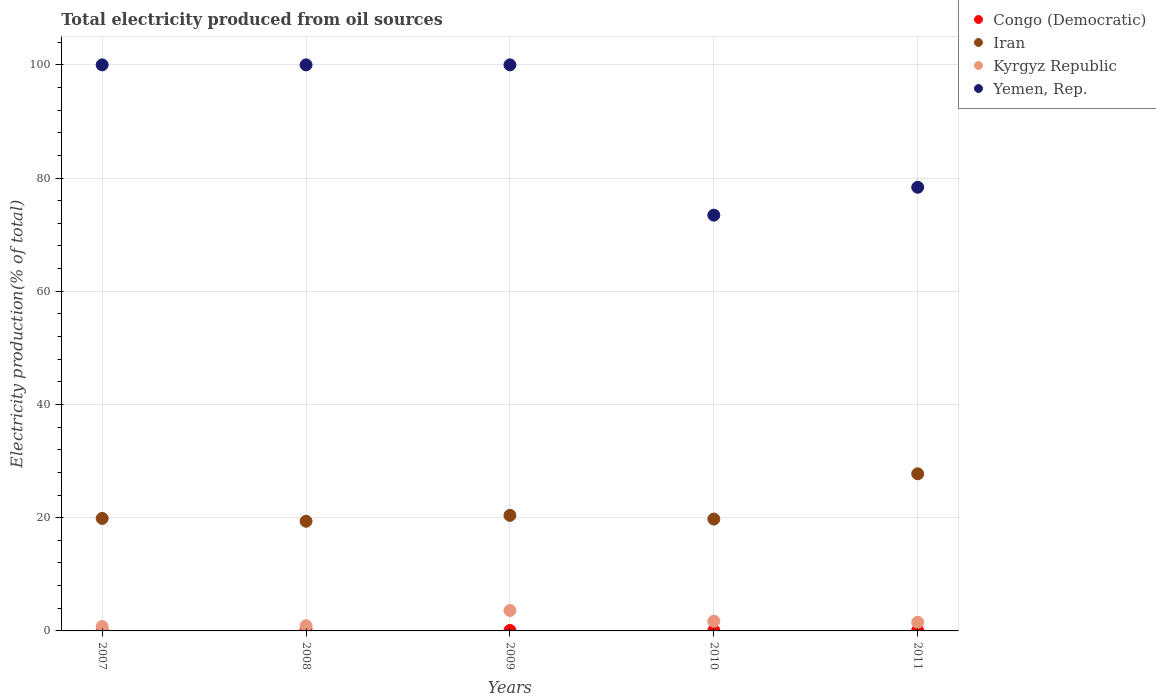
| Years | Congo (Democratic) | Iran | Kyrgyz Republic | Yemen, Rep. |
 | --- | --- | --- | --- | --- |
 | 2007 | 0.089 | 19.9 | 0.769 | 100 |
 | 2008 | 0.226 | 19.4 | 0.916 | 100 |
 | 2009 | 0.0766 | 20.4 | 3.61 | 100 |
 | 2010 | 0.0761 | 19.8 | 1.71 | 73.4 |
 | 2011 | 0.0761 | 27.8 | 1.52 | 78.4 |